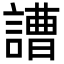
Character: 䜊